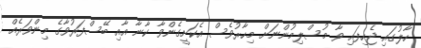
ހާލުގައި ޖެހިފައި ވާ މުސްލިމުންނަށް މިހާރުވެސް އެކަށީގެންވާ ކާނާ އާއި ބޭސްފަރުވާގެ މިންވަރެއް